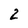
Character: 2